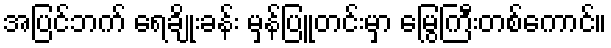
အပြင်ဘက် ရေချိုးခန်း မှန်ပြူတင်းမှာ မြွေကြီးတစ်ကောင်။